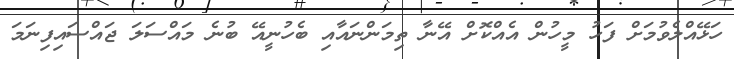
ހަޅޭއްލެވުމަށް ފަހު މީހުން އެއްކޮށް އޭނާ ތިމަންނައާއި ބެހުނީއޭ ބުނެ މައްސަލަ ޖައްސައިފިނަމަ